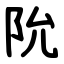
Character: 阭